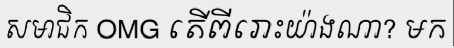
សមាជិក OMG តើពីរោះយ៉ាងណា? មក